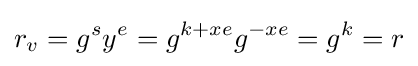
r_{v}=g^{s}y^{e}=g^{k+xe}g^{-xe}=g^{k}=r